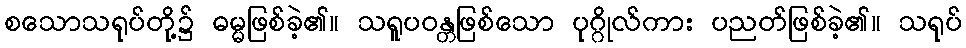
စသောသရုပ်တို့၌ ဓမ္မဖြစ်ခဲ့၏။ သရူပဝန္တဖြစ်သော ပုဂ္ဂိုလ်ကား ပညတ်ဖြစ်ခဲ့၏။ သရုပ်